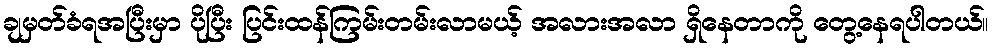
ချမှတ်ခံရအပြီးမှာ ပိုပြီး ပြင်းထန်ကြမ်းတမ်းလာမယ့် အလားအလာ ရှိနေတာကို တွေ့နေရပါတယ်။